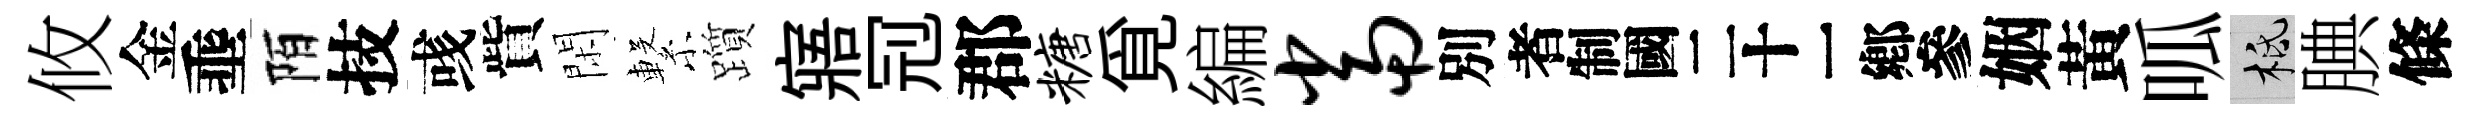
攸金埀陌技彧貲閑繋躓寤𠜍郡糖覓編当別识姻黃呱柢腆條